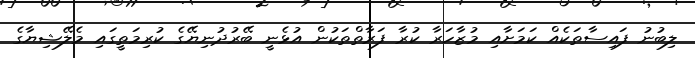
ލިބުނު ފައިސާތަކެއް ކަމަށާއި މުޒާހަރާ ކުރާ ފަރާތްތަކުން އުޅެނީ ބޭރުދުނިޔޭގެ ކުރިމަތީގައި މެލޭޝިޔާގެ